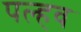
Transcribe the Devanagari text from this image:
पल्हव